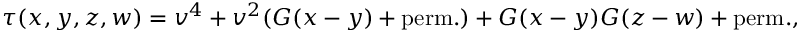
\tau ( x , y , z , w ) = v ^ { 4 } + v ^ { 2 } ( G ( x - y ) + \mathrm { p e r m . } ) + G ( x - y ) G ( z - w ) + \mathrm { p e r m . } ,